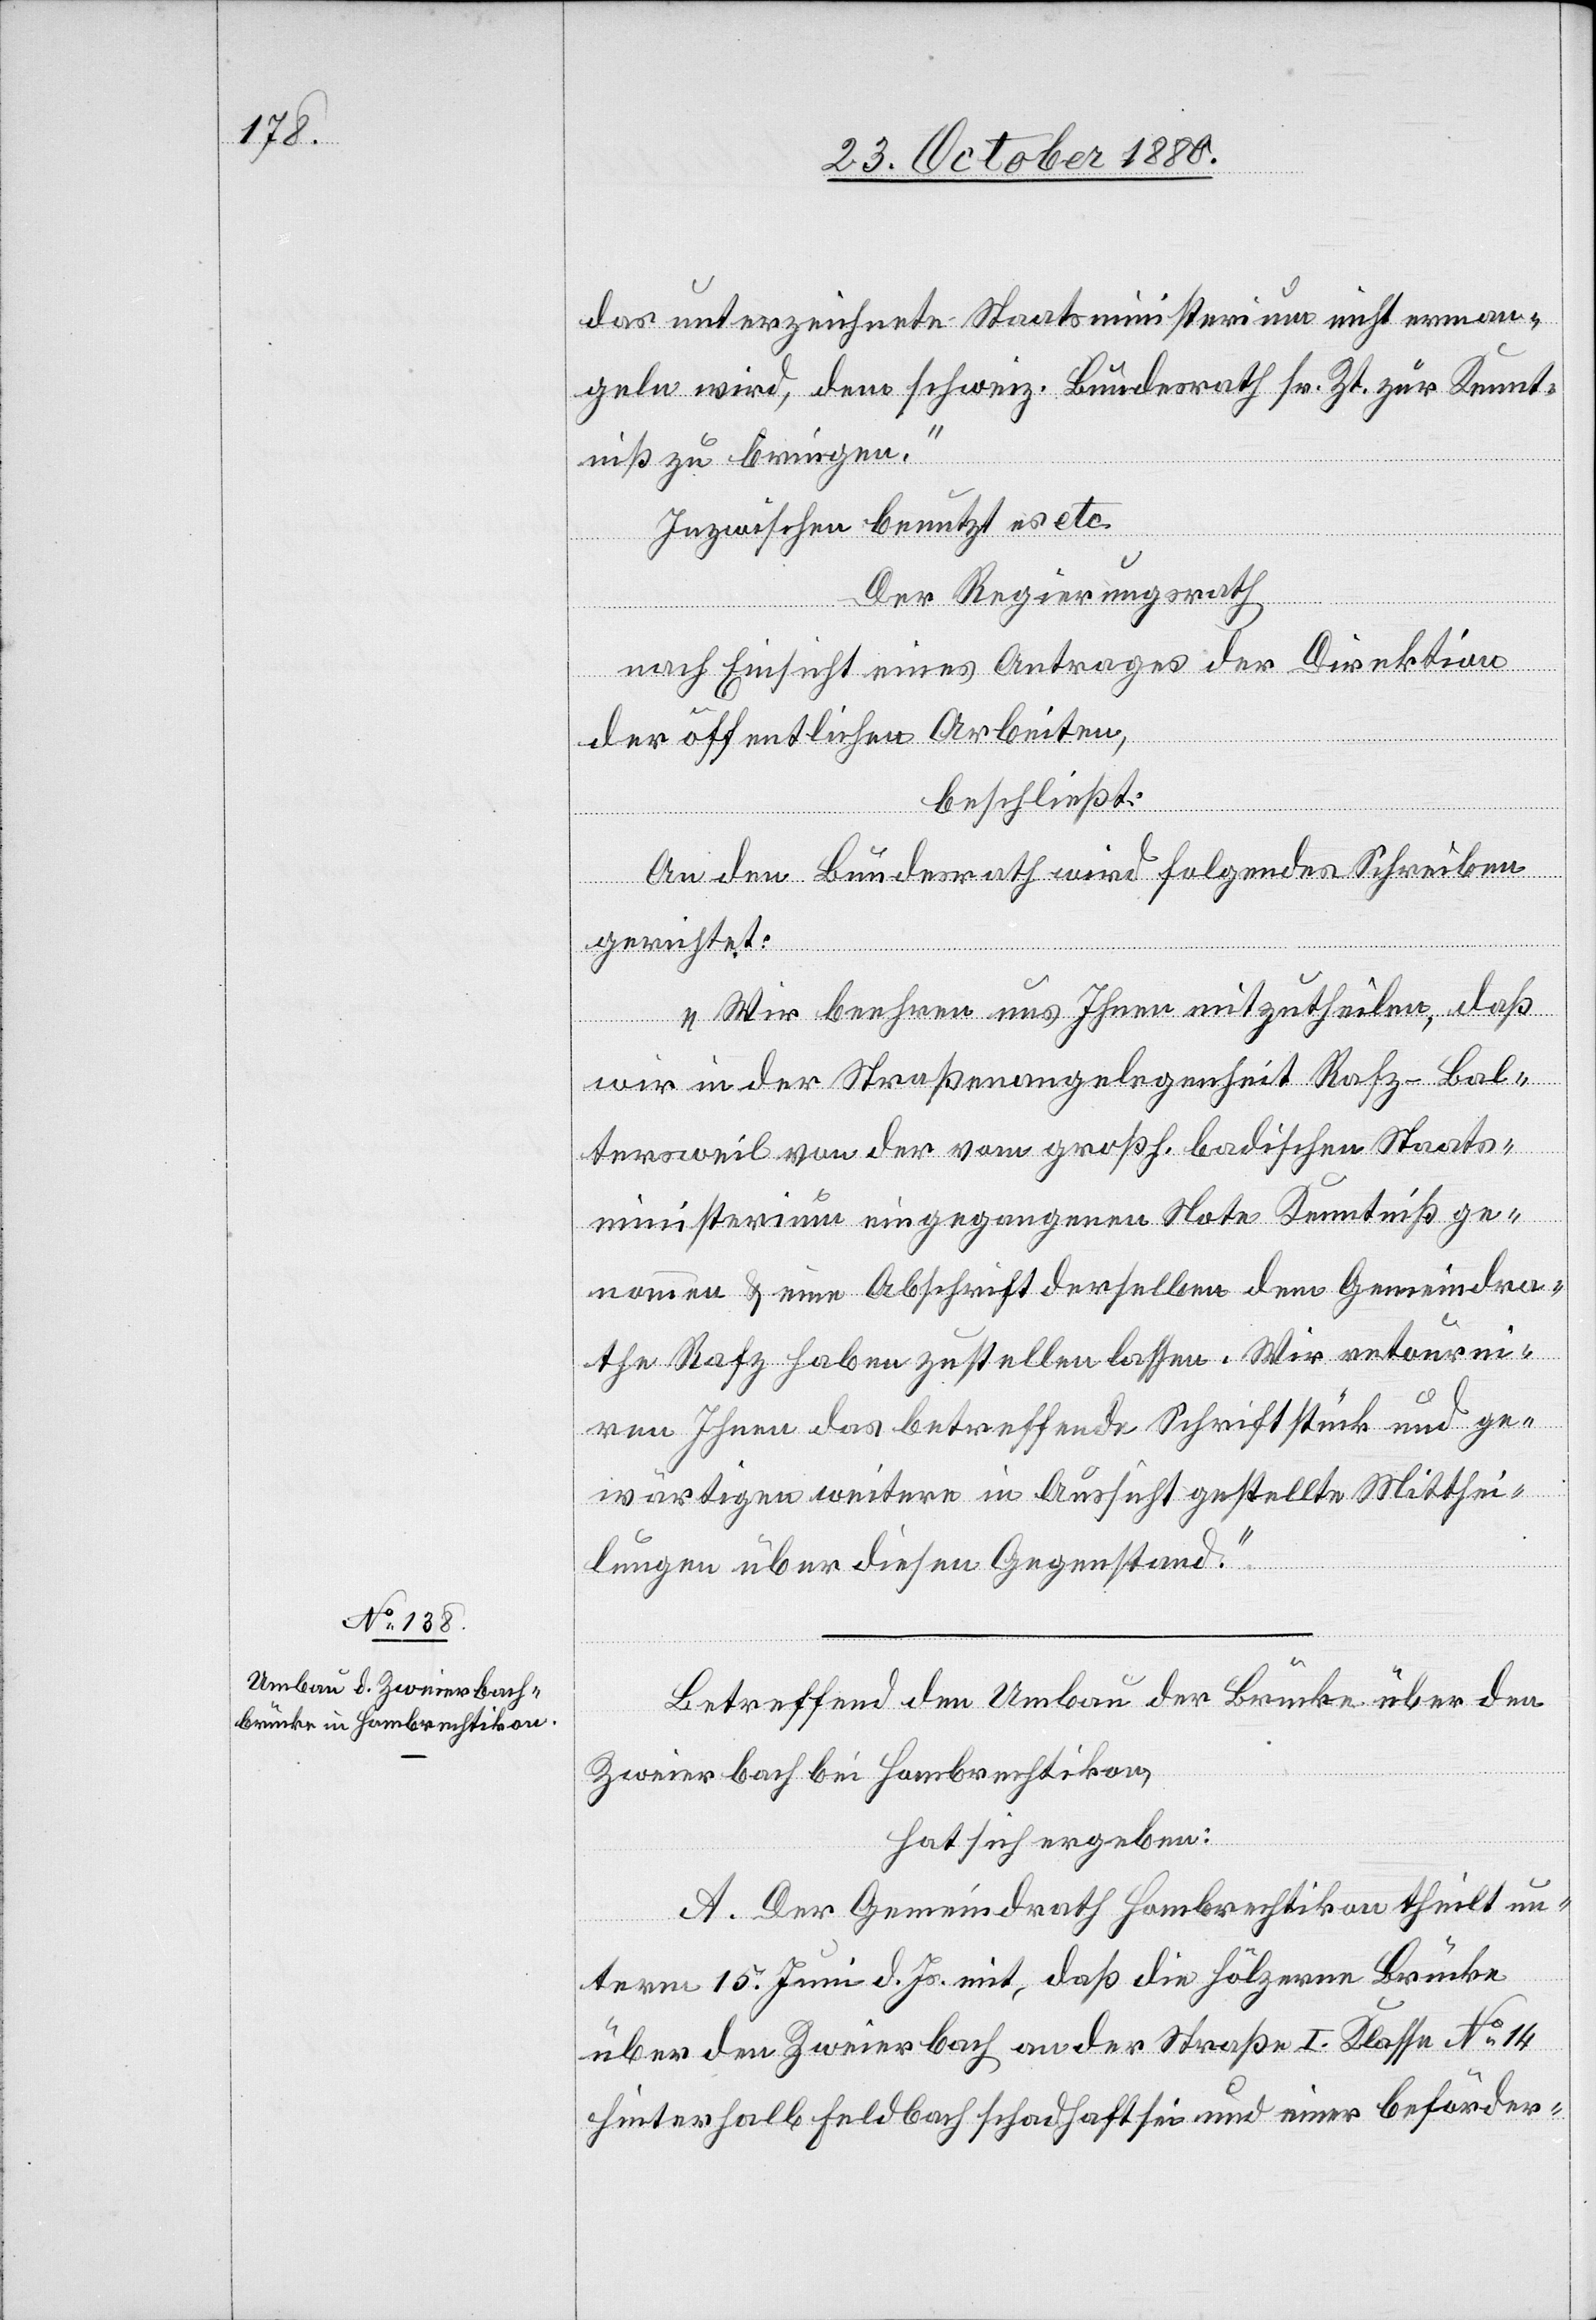
das unterzeichnete Staatsministerium nicht erman¬
geln wird, dem schweiz. Bundesrath sr. Zt. zur Kennt¬
niß zu bringen.“
Inzwischen benutzt es etc.
Der Regierungsrath,
nach Einsicht eines Antrages der Direktion
der öffentlichen Arbeiten,
beschließt:
An den Bundesrath wird folgendes Schreiben
gerichtet:
„Wir beehren uns Ihnen mitzutheilen, daß
wir in der Straßenangelegenheit Rafz–Bal¬
tersweil von der vom großh. badischen Staats¬
ministerium eingegangenen Note Kenntniß ge¬
nommen & eine Abschrift derselben dem Gemeindra¬
the Rafz haben zustellen lassen. Wir retourni¬
ren Ihnen das betreffende Schriftstück und ge¬
wärtigen weitere in Aussicht gestellte Mitthei¬
lungen über diesen Gegenstand.“
Betreffend den Umbau der Brücke über den
Zweierbach bei Hombrechtikon,
hat sich ergeben:
A. Der Gemeindrath Hombrechtikon theilt un¬
term 15. Juni d. Js. mit, daß die hölzerne Brücke
über den Zweierbach an der Straße I. Klasse No 14
hinterhalb Feldbach schadhaft sei und einer beförder-